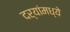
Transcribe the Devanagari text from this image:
दर्‍यांमध्ये